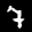
Label: 7